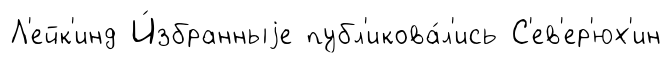
Л'ейк'инд И́збранныjе публ'икова́л'ись С'ев'ер'юх'ин